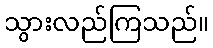
သွားလည်ကြသည်။